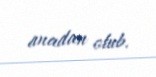
anadan olub.